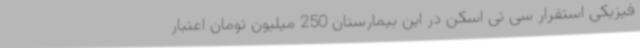
فیزیکی استقرار سی تی اسکن در این بیمارستان 250 میلیون تومان اعتبار